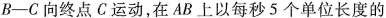
B-C向终点C运动，在AB上以每秒5个单位长度的